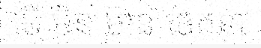
បើ មិន មាន ចេតនា